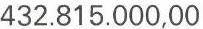
432.815.000,00